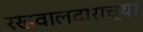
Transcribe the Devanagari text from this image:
रखवालदाराच्या